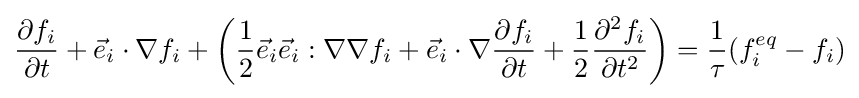
{\frac {\partial f_{i}}{\partial t}}+{\vec {e}}_{i}\cdot \nabla f_{i}+\left({\frac {1}{2}}{\vec {e}}_{i}{\vec {e}}_{i}:\nabla \nabla f_{i}+{\vec {e}}_{i}\cdot \nabla {\frac {\partial f_{i}}{\partial t}}+{\frac {1}{2}}{\frac {\partial ^{2}f_{i}}{\partial t^{2}}}\right)={\frac {1}{\tau }}(f_{i}^{eq}-f_{i})